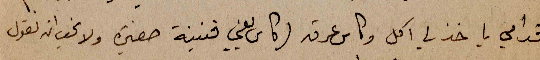
قدامي ياخذ لي اكل وكاس عرق (كاس يعني قنينة صغيرة ولا نحب ان نقول